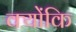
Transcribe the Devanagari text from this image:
क्योंकि